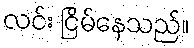
လင်း ငြိမ်နေသည်။